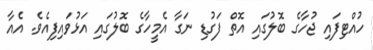
ހުއްޓިފައި ޖުހާގެ ބޮލުގައި އޮތް ފަގުޑި ނަގާ އެމީހާގެ ބޮލުގައި އަޅުވައިފިއެވެ. އެއާ